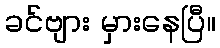
ခင်ဗျား မှားနေပြီ။